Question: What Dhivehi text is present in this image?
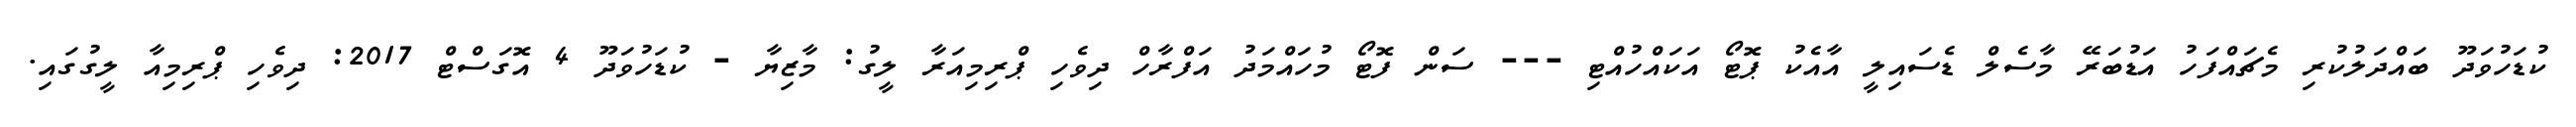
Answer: ކުޑަހުވަދޫ ބައްދަލުކުރި މެޗައްފަހު އަޑުބަރޭ މާސެލް ޑެސައިލީ އާއެކު ޕޮޓޯ އަކައްހުއްޓި --- ސަން ފޮޓޯ މުހައްމަދު އަފްރާހް ދިވެހި ޕްރިމިއަރާ ލީގު: މާޒިޔާ - ކުޑަހުވަދޫ 4 އޮގަސްޓް 2017: ދިވެހި ޕްރިމިއާ ލީގުގައި.